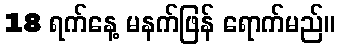
18 ရက်နေ့ မနက်ဖြန် ရောက်မည်။